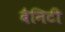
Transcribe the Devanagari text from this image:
बैनिटी